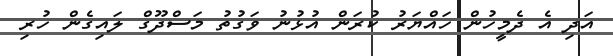
އަދި އެ ދެމީހުން ހައްޔަރު ކުރަން އުޅުނު ވަގުތު މަސްދޫގް ލައިގެން ހުރި